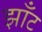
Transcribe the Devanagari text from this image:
झाँट